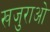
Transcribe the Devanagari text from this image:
खजुराओ